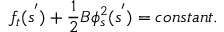
f _ { t } ( s ^ { ' } ) + \frac { 1 } { 2 } B \phi _ { s } ^ { 2 } ( s ^ { ' } ) = c o n s t a n t .